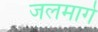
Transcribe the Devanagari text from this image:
जलमार्गे